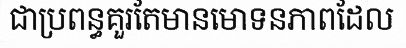
ជាប្រពន្ធគួរតែមានមោទនភាពដែល